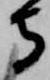
守